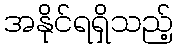
အနိုင်ရရှိသည့်